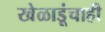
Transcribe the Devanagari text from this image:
खेळाडूंचाही